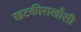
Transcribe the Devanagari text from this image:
खटकीराखाँसी